Civil Veterinary Department. Central Provinces & Berar 1932-41 - 1932-1941
Year: 1932
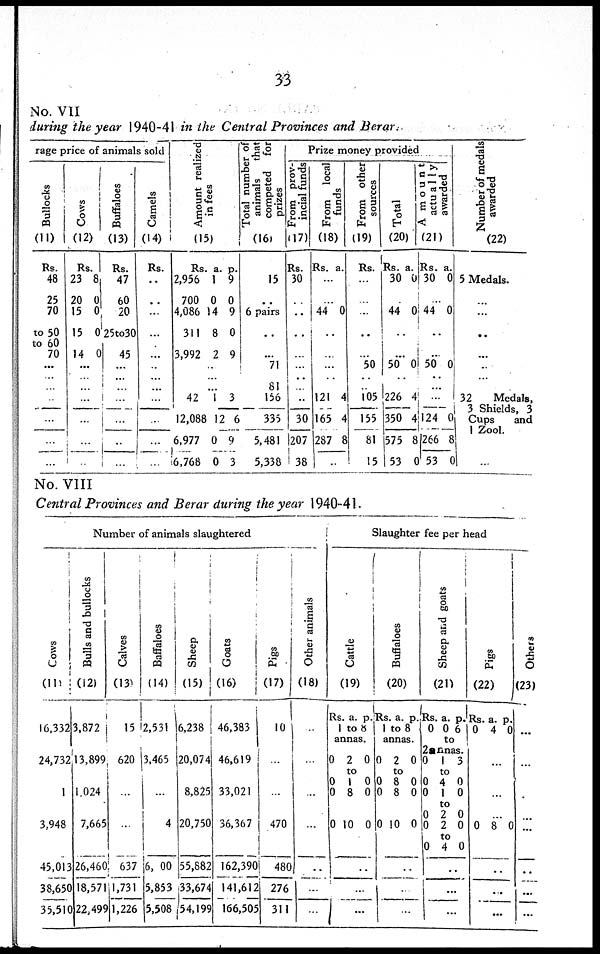
33
No. VII
during the year 1940-41 in the Central Provinces and Berar.
rage price o
f animals sold
Bullocks
(11)
Rs.
48
25
70
to 50
to 60
70
...
...
...
...
...
...
Cows
(12)
Rs.
23
20
15
15
14
8
0
0
0
0
...
...
...
...
...
...
Buffaloes
(13)
Rs.
47
60
20
25to30
45
...
...
...
...
...
...
Camels
(14)
Rs.
..
..
...
...
...
...
...
...
...
...
...
Amo u n t realized
in fees
(15)
Rs
2,956
700
4,086
311
3,992
a.
1
0
14
8
2
p.
9
0
9
0
9
...
...
42
12,088
6,977
6,768
1
12
0
0
3
6
9
3
Total number of
animals
that
competed
for
prizes
(16)
15
..
6 pairs
...
... 71
81
156
335
5,481
5,338
Prize money provided
From prov-
incial funds
(17)
Rs.
30
...
...
...
...
...
...
...
30
207
38
Fr om local
funds
(18)
Rs. a.
...
..
.
44 0
..
...
...
..
121
165
287
4
4
8
..
From other
sources
(19)
Rs.
...
...
...
..
...
50
..
105
155
81
15
Total
(20)
Rs.
30
44
..
a.
0
0
..
.
50 0
..
1226
350
575
1 53
4
4
8
Amo u n t
actually awarded
(21)
Rs.
30
a.
0
...
44 0
..
...
50 0
..
...
24
266
53
0
8
0
Number
of medals
awarded
(22)
5 Medals.
...
...
..
...
..
...
32 Medals,
3 Shiclds, 3
Cups and
1 Zool.
...
No. VIII
Central Provinces and Berar during the year 1940-41.
Number of animals slaughtered
Cows
(11)
16,332
24,732
1
3,948
45,013
38,650
35,510
Bulls and bullocks
(12)
3,872
13,899
1,024
7,665
26,460
18,571
22,499
Calves
(13)
15
620
...
...
637
1,731
1,226
Baffaloes
(14)
2,531
3,465
...
4
6, 00
5,853
5,508
Sheep
(15)
6,238
20,074
8,825
20,750
55,882
33,674
54,199
Goats
(16)
46,383
46,619
33,021
36,367
162,390
141,612
166,505
Pigs
(17)
10
...
...
470
480
276
311
Other animals
(18)
..
...
...
...
..
...
...
Slaughter fee per head
Cattle
(19)
Rs.
a. p.
1
an
to 8
na
s.
0
0
0
0
2
to
1 8
10
0
0
0
0
..
...
...
Buffaloes
(20)
Rs
1
0
0
0
0
a.
to 8
annas.
2
to
8
8
10
p.
0
0
0
0
..
...
...
Sheep and goats
(21)
Rs.
0
2an
0
0
0
0
0
0
a.
0
to
na
1
to
4
1
2
2
to 4
p.
6
s.
3
0
0
0
0
0
..
...
...
Pi gs
(22)
Rs.
0
a.
4
p.
0
...
...
...
0 8 0
..
...
...
Others
(23)
...
...
...
...
..
...
...